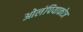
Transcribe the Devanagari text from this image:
ओलंपियाकोज